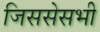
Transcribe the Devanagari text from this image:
जिससेसभी